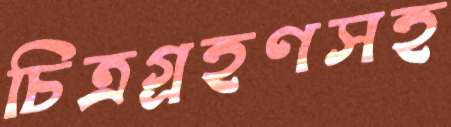
চিত্রগ্রহণসহ